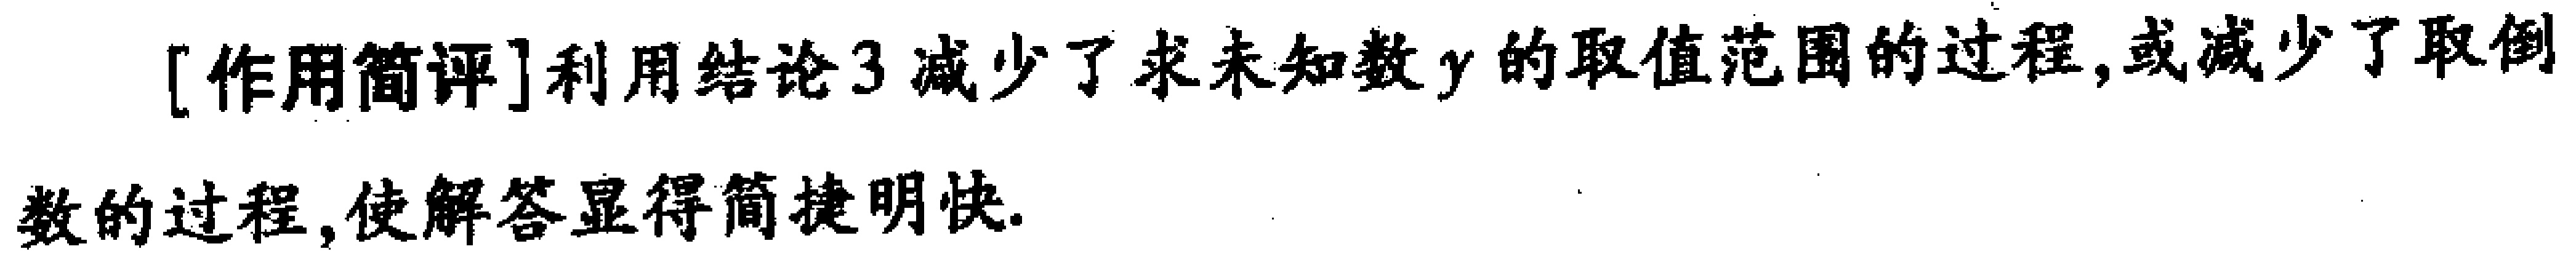
[作用简评]利用结论3减少了求未知数\(y\)的取值范围的过程,或减少了取倒数的过程,使解答显得简捷明快.